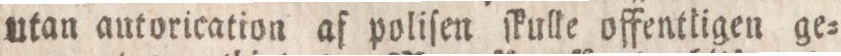
utan autorication af poliſen ſkulle offentligen ge=